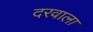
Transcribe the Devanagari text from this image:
दरवाला